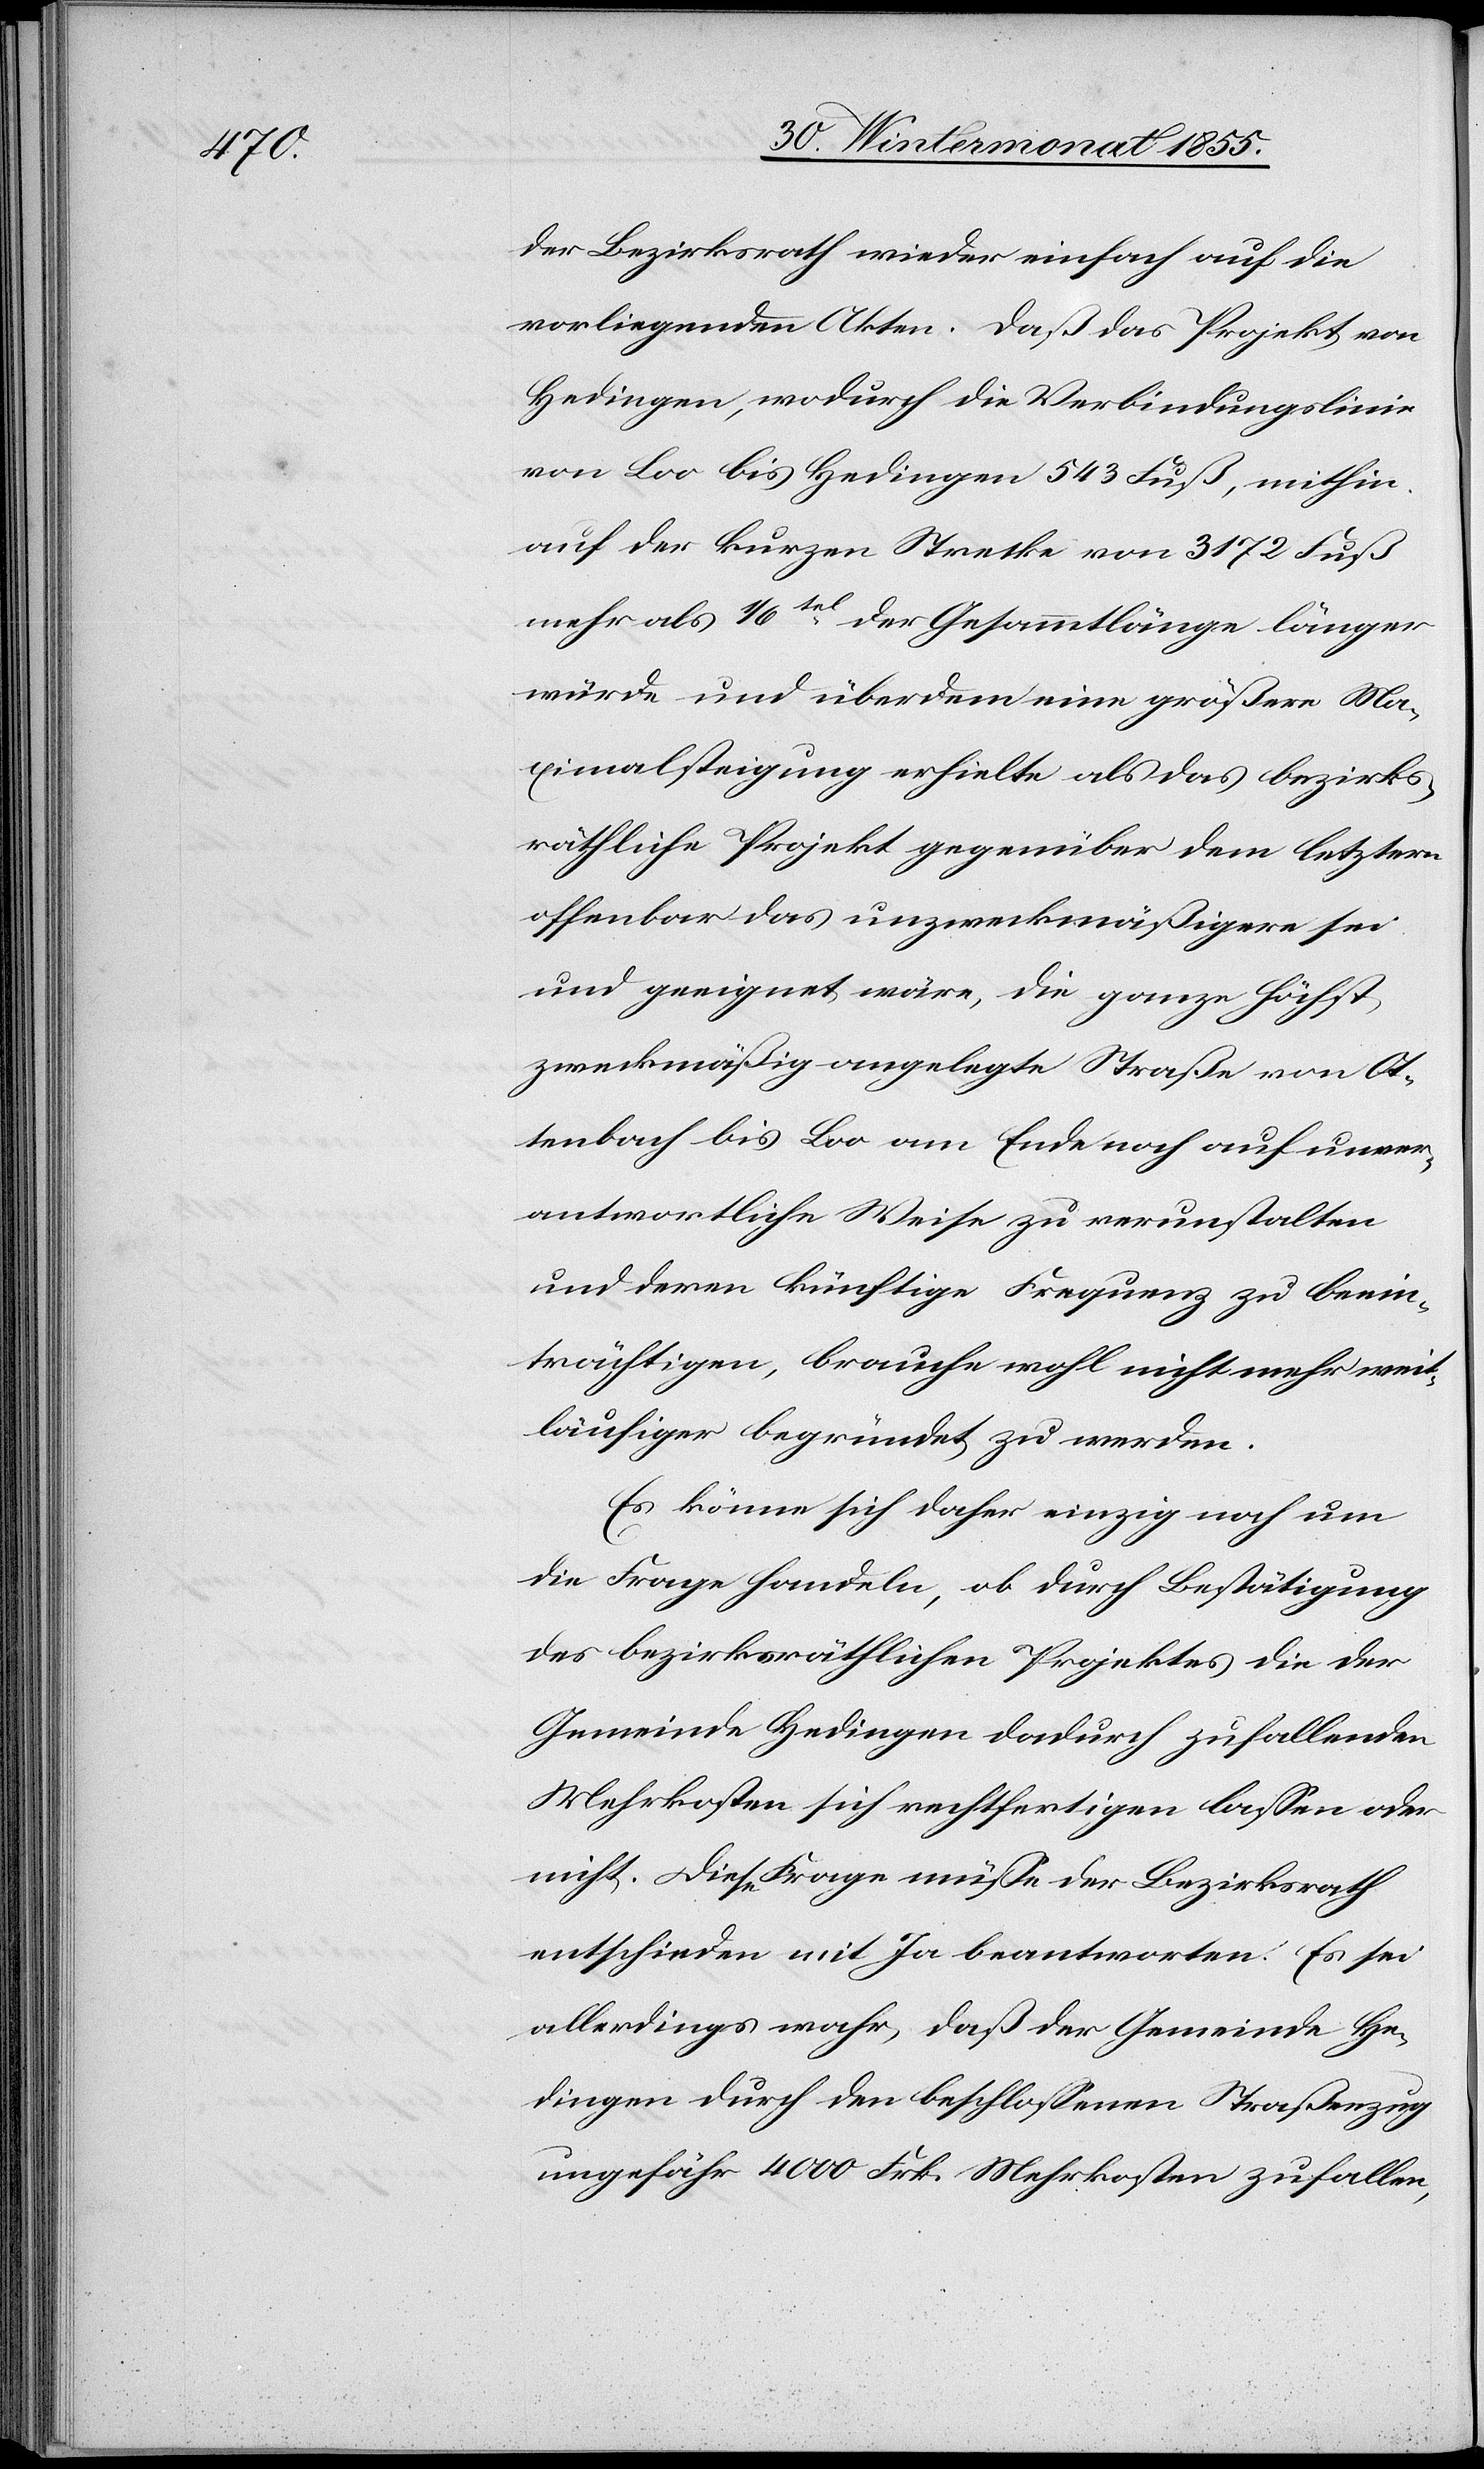
der Bezirksrath wieder einfach auf die
vorliegenden Akten. Daß das Projekt von
Hedingen, wodurch die Verbindungslinie
von Loo bis Hedingen 543 Fuß, mithin
auf der kurzen Strecke von 3172 Fuß
mehr als 1/6tel der Gesammtlänge länger
würde und überdem eine größere Ma¬
ximalsteigung erhielte als das bezirks¬
räthliche Projekt gegenüber dem letztern
offenbar das unzweckmäßigere sei
und geeignet wäre, die ganze höchst
zweckmäßig angelegte Straße von Ot¬
tenbach bis Loo am Ende noch auf unver¬
antwortliche Weise zu verunstalten
und deren künftige Frequenz zu beein¬
trächtigen, brauche wohl nicht mehr weit¬
läufiger begründet zu werden.
Es könne sich daher einzig noch um
die Frage handeln, ob durch Bestätigung
des bezirksräthlichen Projektes die der
Gemeinde Hedingen dadurch zufallenden
Mehrkosten sich rechtfertigen lassen oder
nicht. Diese Frage müße der Bezirksrath
entschieden mit Ja beantworten. Es sei
allerdings wahr, daß der Gemeinde He¬
dingen durch den beschlossenen Straßenzug
ungefähr 4000 Frk. Mehrkosten zufallen,